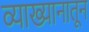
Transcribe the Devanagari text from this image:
व्याख्यानातून